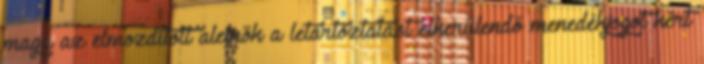
maga az elmozdított alelnök a letartóztatást elkerülendő menedékjogot kért